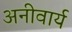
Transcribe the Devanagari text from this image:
अनीवार्य